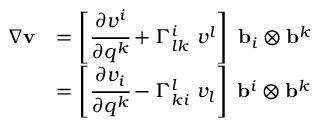
{ \begin{array} { r l } { { \boldsymbol { \nabla } } \mathbf { v } } & { = \left[ { \cfrac { \partial v ^ { i } } { \partial q ^ { k } } } + \Gamma _ { l k } ^ { i } ~ v ^ { l } \right] ~ \mathbf { b } _ { i } \otimes \mathbf { b } ^ { k } } \\ & { = \left[ { \cfrac { \partial v _ { i } } { \partial q ^ { k } } } - \Gamma _ { k i } ^ { l } ~ v _ { l } \right] ~ \mathbf { b } ^ { i } \otimes \mathbf { b } ^ { k } } \end{array} }